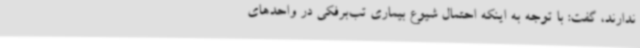
ندارند، گفت: با توجه به اینکه احتمال شیوع بیماری تب‌برفکی در واحدهای